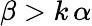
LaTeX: \beta>k\, \alpha